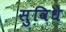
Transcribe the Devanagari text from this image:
सुविधे